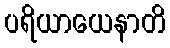
ပရိယာယေနာတိ